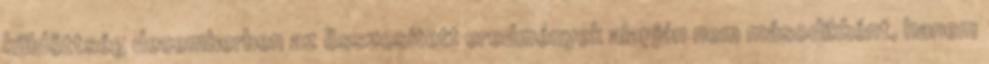
küldöttség decemberben az összesített eredmények alapján nem másodikként, hanem